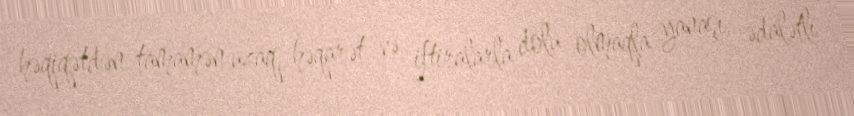
həqiqətdən tamamən uzaq, həqarət və iftiralarla dolu olmaqla yanaşı, ədalətli